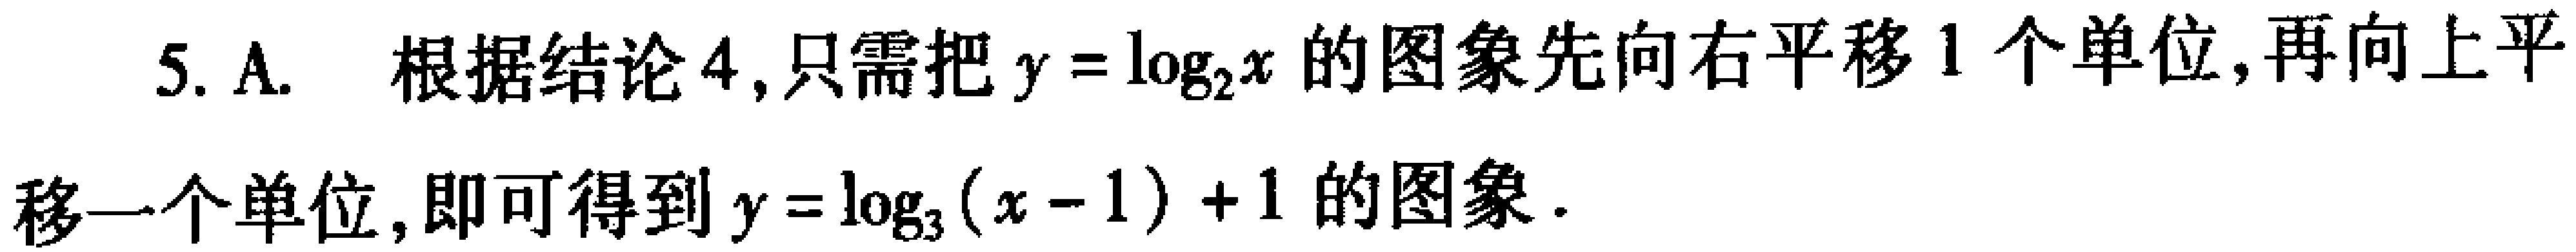
5. A. 根据结论4,只需把\(y = \log_{2}x\)的图象先向右平移1个单位,再向上平移一个单位,即可得到\(y = \log_{3}(x - 1)+1\)的图象.